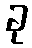
ခု